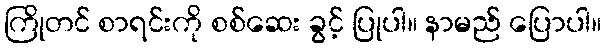
ကြိုတင် စာရင်းကို စစ်ဆေး ခွင့် ပြုပါ။ နာမည် ပြောပါ။